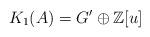
LaTeX: \begin{align*}K_1(A)=G' \oplus \mathbb{Z}[u]\end{align*}